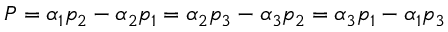
P = \alpha _ { 1 } p _ { 2 } - \alpha _ { 2 } p _ { 1 } = \alpha _ { 2 } p _ { 3 } - \alpha _ { 3 } p _ { 2 } = \alpha _ { 3 } p _ { 1 } - \alpha _ { 1 } p _ { 3 }